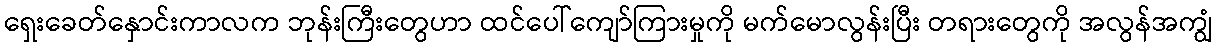
ရှေးခေတ်နှောင်းကာလက ဘုန်းကြီးတွေဟာ ထင်ပေါ်ကျော်ကြားမှုကို မက်မောလွန်းပြီး တရားတွေကို အလွန်အကျွံ